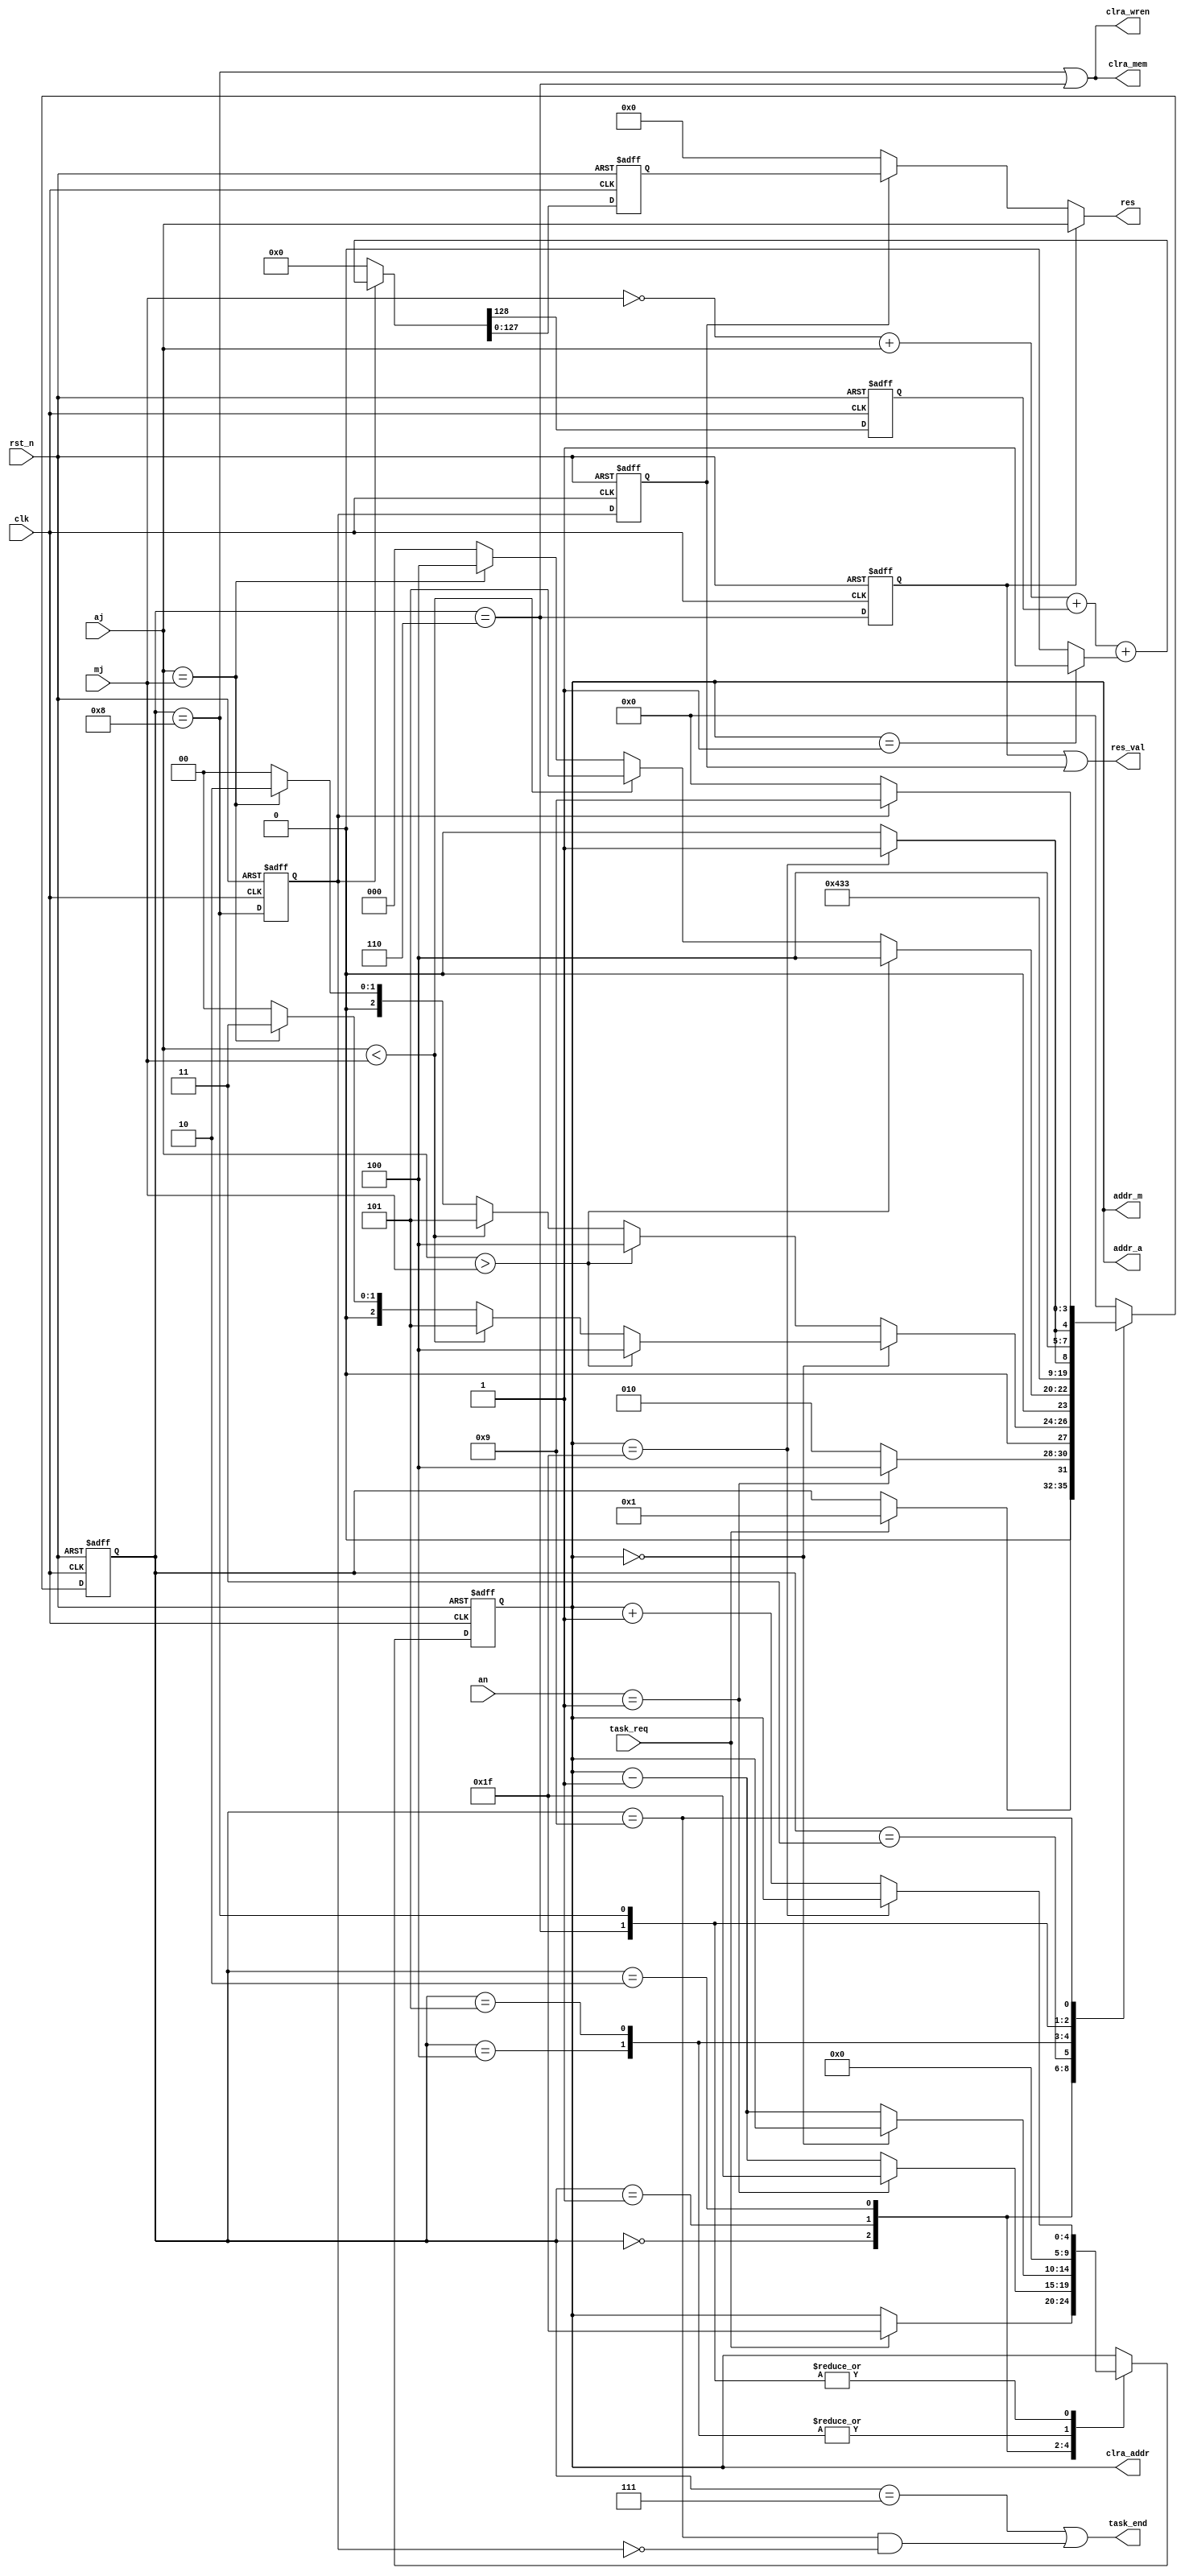
/*
*   Name        :IDDMM algorithm,final compare and subtract
*   Description :   RAM A
*                   if a(N,...,0)>=m(N-1,...,0):
*                      return (a - m)(N-1,...,0)
*                   else:
*                      return a(N-1,...,0)
*                   a(N-1,...,0)=0
*                   NKam
*   Orirgin     :20200714
*/
module mm_iddmm_sub 
#(
    parameter K  = 128,             //K<=128 and 2**?==K
    parameter N  = 32 ,             //N<=32  and 2**??==N 
    parameter ADDR_W = $clog2(N)
)
(
    input       wire                    clk         ,
    input       wire                    rst_n       ,
    // Result
    input       wire                    task_req    ,
    output      wire [K-1        :0]    res         ,
    output      wire                    res_val     ,
    output      wire                    task_end    ,
    // RAM A ,write side ports,clear RAM A
    output      wire                    clra_mem    ,
    output      wire                    clra_wren   ,
    output      wire [ADDR_W-1   :0]    clra_addr   ,
    // RAM A and M ,read side ports
    output      reg  [ADDR_W-1   :0]    addr_a      ,
    input       wire [K-1        :0]    aj          ,//a(N-1,..,0)
    input       wire [K-1        :0]    an          ,//a(N)
    output      wire [ADDR_W-1   :0]    addr_m      ,
    input       wire [K-1        :0]    mj           //m(N-1,..,0)

);

//----------------------------------------------------------------------------------------------------------

assign     addr_m = addr_a;
//----------------------------------------------------------------------------------------------------------

reg  [3  :0]st;
reg         carry = 1'd0;
reg  [K-1:0]bf0   = {K{1'd0}};
reg         bf1,sub_val,nop_val;
localparam  IDLE            =   0  ,
            COMP_MSW        =   1  ,
            COMP_PROCESS    =   2  ,
            COMP_PROCESS2   =   3  ,
            COMP_FIN_SUB    =   4  ,
            COMP_FIN_NOP    =   5  ,
            OUT_NOP         =   6  ,
            OUT_NOP_END     =   7  ,

            OUT_SUB         =   8  ,
            OUT_SUB_END     =   9  ;
assign     res    = (nop_val)?aj:
                    (sub_val)?bf0:
                    'd0;
assign  task_end = (st==OUT_NOP_END||(st==OUT_SUB_END&&(~bf1)));
assign  res_val  = (nop_val||sub_val); 
assign  clra_wren= (st==OUT_SUB||st==OUT_NOP);
assign  clra_mem = clra_wren;
assign  clra_addr= addr_a;
wire    plus1       = (addr_m=='d1)?1'd1:1'd0;
wire    [K:0]adderK = {1'd0,~mj} + {1'd0,aj};//129+129=130->129
always@(posedge clk or negedge rst_n)begin
    if (!rst_n) begin
        st          <= 'd0;
        addr_a      <= {(ADDR_W){1'd1}};
        carry       <= 1'd0;
        bf0         <= {K{1'd0}};
        bf1         <= 1'd0;
        nop_val     <= 1'd0;
        sub_val     <= 1'd0;
    end else begin
        nop_val     <= st==OUT_NOP;
        bf1         <= st==OUT_SUB;
        sub_val     <= bf1;
        {carry,bf0} <= ((bf1==1'd1) ? (adderK + carry + plus1)  :  ({(K+1){1'd0}}));
        case (st)
            IDLE:begin
                if (task_req) begin
                    st      <= COMP_MSW;
                    addr_a  <= {(ADDR_W){1'd1}};
                end
            end 
            COMP_MSW:begin // compare an and mn,mn==0
                if (an=='d1) begin
                    st      <= COMP_FIN_SUB;
                    addr_a  <= {(ADDR_W){1'd1}};
                end else begin
                    st      <= COMP_PROCESS;
                    addr_a  <= addr_a - 1;
                end
            end 
            COMP_PROCESS:begin// 
                if (addr_a=='d0) begin
                    st      <=  aj > mj ? COMP_FIN_SUB :
                                aj < mj ? COMP_FIN_NOP :
                                aj ==mj ? COMP_PROCESS2:
                                IDLE;
                end else begin
                    addr_a  <=  addr_a - 1;
                    st      <=  aj > mj ? COMP_FIN_SUB :
                                aj < mj ? COMP_FIN_NOP :
                                aj ==mj ? COMP_PROCESS :
                                IDLE;
                end
                // addr_a  <= (addr_a=='d0)?addr_a:addr_a - 1;
            end 
            COMP_PROCESS2:begin
                    st      <=  aj > mj ? COMP_FIN_SUB :
                                aj < mj ? COMP_FIN_NOP :
                                aj ==mj ? COMP_FIN_SUB :
                                IDLE;
            end 
            COMP_FIN_SUB:begin
                addr_a  <= 'd0;
                st      <= OUT_SUB;
                $display("\n[mm_iddmm_sub.v sim compare]:\n A >= M");
            end 
            COMP_FIN_NOP:begin
                addr_a  <= 'd0;
                st      <= OUT_NOP;
                $display("\n[mm_iddmm_sub.v sim compare]:\n A <  M");
            end 
            OUT_NOP:begin // 
                st      <= (addr_a=={(ADDR_W){1'd1}})? OUT_NOP_END : OUT_NOP;
                addr_a  <= (addr_a=={(ADDR_W){1'd1}})? addr_a:addr_a + 1;
            end 
            OUT_NOP_END:begin
                st      <= IDLE;
            end
            OUT_SUB:begin //
                st      <= (addr_a=={(ADDR_W){1'd1}})? OUT_SUB_END : OUT_SUB;
                addr_a  <= (addr_a=={(ADDR_W){1'd1}})? addr_a:addr_a + 1;
            end
            OUT_SUB_END:begin
                st      <= bf1?OUT_SUB_END:IDLE;
            end
            default:st  <= IDLE;
        endcase
    end
end
endmodule